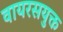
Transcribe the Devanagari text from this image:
वायरसयुक्त